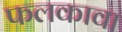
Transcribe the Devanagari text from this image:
फलकावा